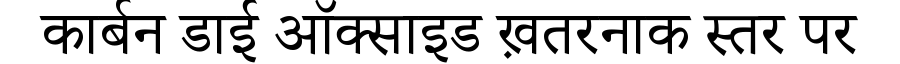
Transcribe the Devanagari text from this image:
कार्बन डाई ऑक्साइड ख़तरनाक स्तर पर